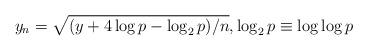
LaTeX: \begin{align*}y_n=\sqrt{(y+4\log p-\log_2 p )/n},\log_2 p \equiv\log\log p\end{align*}